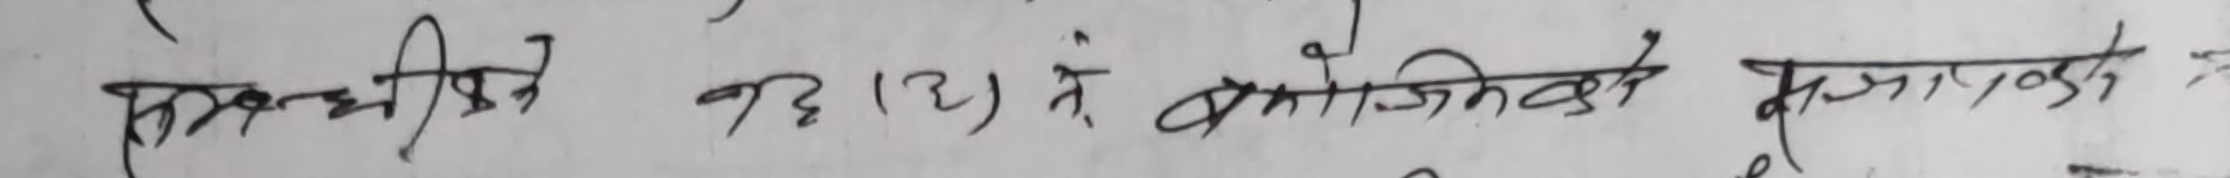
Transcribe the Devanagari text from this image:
सम्बोधित कहा (2) ते प्रयोजितको मुआवजेको